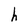
Character: h